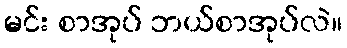
မင်း စာအုပ် ဘယ်စာအုပ်လဲ။